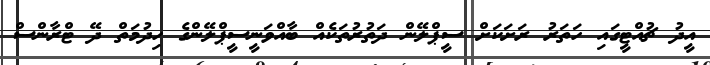
އީދު ޗުއްޓީގައި ހަތަރު ރަށަކަށް ސީޕްލޭން ދަތުރުތަކެއް ބާއްވަނީސީޕްލޭންގެ ހިދުމަތް ދޭ ޓްރާންސް